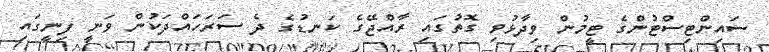
ސައިންޓިސްޓުންގެ ޓީމުން ވިދާޅުވި ގޮތުގައި ރާއްޖޭގެ ކަނޑުގެ ދެ ސަރަހައްދަކުން ވަނީ ފިނީގައި